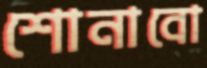
শোনাবো